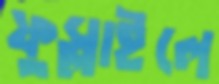
ফুস্‌লাইলে